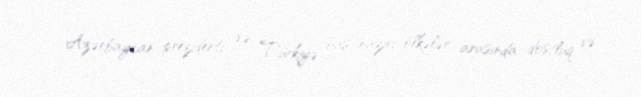
Azərbaycan prezidenti və Türkiyə baş naziri ölkələr arasında dostluq və